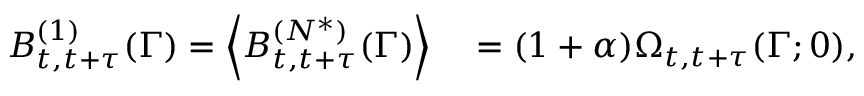
\begin{array} { r l } { B _ { t , t + \tau } ^ { ( 1 ) } ( \Gamma ) = \left< B _ { t , t + \tau } ^ { ( N ^ { * } ) } ( \Gamma ) \right> } & { { } = ( 1 + \alpha ) \Omega _ { t , t + \tau } ( \Gamma ; 0 ) , } \end{array}